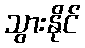
သွားနိုင်